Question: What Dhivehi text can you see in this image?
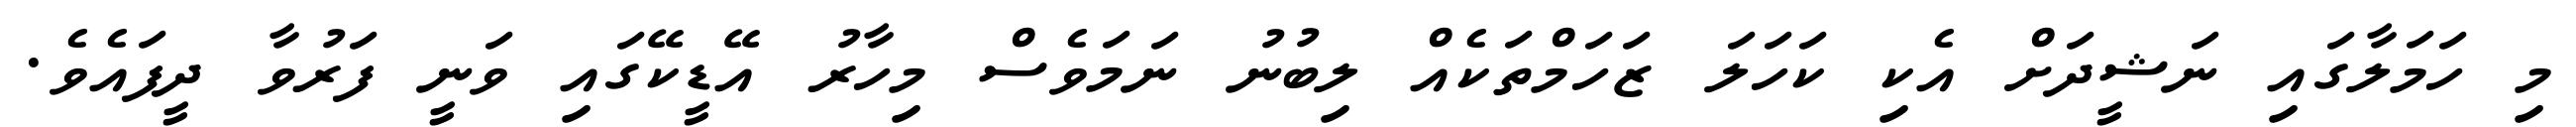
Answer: މި ހަމަލާގައި ނަޝީދަށް އެކި ކަހަލަ ޒަހަމްތަކެއް ލިބުނު ނަމަވެސް މިހާރު އޭޑީކޭގައި ވަނީ ފަރުވާ ދީފައެވެ.